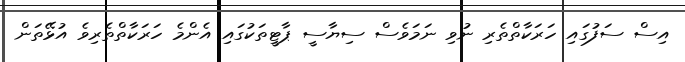
އިސް ސަފުގައި ހަރަކާތްތެރި ނުވި ނަމަވެސް ސިޔާސީ ޕާޓީތަކުގައި އެންމެ ހަރަކާތްތެރިވެ އުޅޭތަން